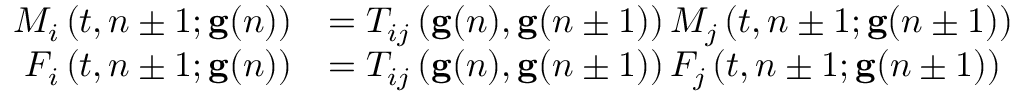
\begin{array} { r l } { M _ { i } \left( t , n \pm 1 ; \mathbf { g } ( n ) \right) } & { = T _ { i j } \left( \mathbf { g } ( n ) , \mathbf { g } ( n \pm 1 ) \right) M _ { j } \left( t , n \pm 1 ; \mathbf { g } ( n \pm 1 ) \right) } \\ { F _ { i } \left( t , n \pm 1 ; \mathbf { g } ( n ) \right) } & { = T _ { i j } \left( \mathbf { g } ( n ) , \mathbf { g } ( n \pm 1 ) \right) F _ { j } \left( t , n \pm 1 ; \mathbf { g } ( n \pm 1 ) \right) } \end{array}